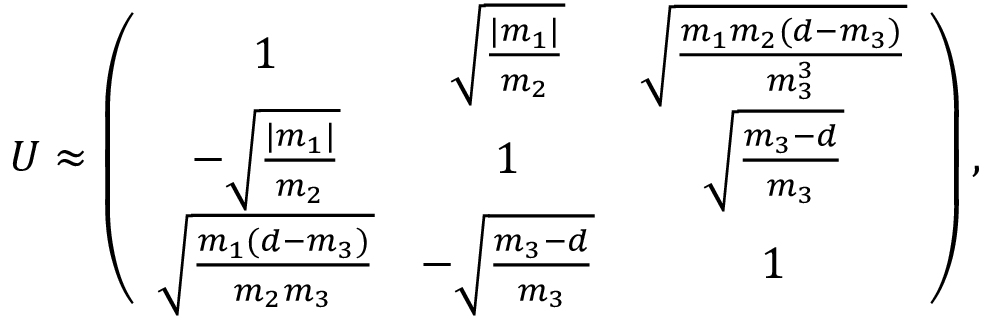
U \approx \left( \begin{array} { c c c } { { 1 } } & { { \sqrt { \frac { | m _ { 1 } | } { m _ { 2 } } } } } & { { \sqrt { \frac { m _ { 1 } m _ { 2 } ( d - m _ { 3 } ) } { m _ { 3 } ^ { 3 } } } } } \\ { { - \sqrt { \frac { | m _ { 1 } | } { m _ { 2 } } } } } & { { 1 } } & { { \sqrt { \frac { m _ { 3 } - d } { m _ { 3 } } } } } \\ { { \sqrt { \frac { m _ { 1 } ( d - m _ { 3 } ) } { m _ { 2 } m _ { 3 } } } } } & { { - \sqrt { \frac { m _ { 3 } - d } { m _ { 3 } } } } } & { { 1 } } \end{array} \right) ,